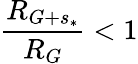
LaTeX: \frac{R_{G+s_{*}}}{R_{G}}<1